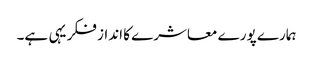
ہمارے پورے معاشرے کا انداز فکر یہی ہے۔